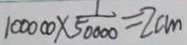
1 0 0 0 0 0 \times \frac { 1 } { 5 0 0 0 0 } = 2 c m